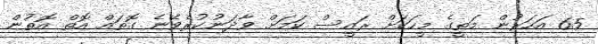
65 އަހަރުން މަތީގެ މީހަކަށް ރައީސް ކަމަށް ވާދަނުކުރެވޭނެ ގޮތައް އޮތް އޮތުން